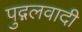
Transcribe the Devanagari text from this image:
पुद्गलवादी